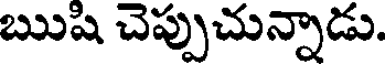
ఋషి చెప్పుచున్నాడు.